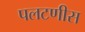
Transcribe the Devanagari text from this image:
पलटणीस